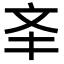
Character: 㪯